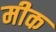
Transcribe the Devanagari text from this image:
मीक